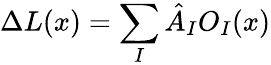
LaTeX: \Delta L(x)=\sum_{I}\hat{A}_{I}O_{I}(x)